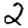
Digit: 2